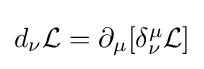
{\textstyle d_{\nu }{\mathcal {L}}=\partial _{\mu }[\delta _{\nu }^{\mu }{\mathcal {L}}]}